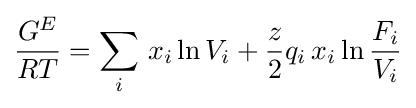
{\frac {G^{E}}{RT}}=\sum _{i}\,x_{i}\ln {V_{i}}+{\frac {z}{2}}q_{i}\,x_{i}\ln {\frac {F_{i}}{V_{i}}}